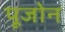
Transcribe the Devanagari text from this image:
पूजोन